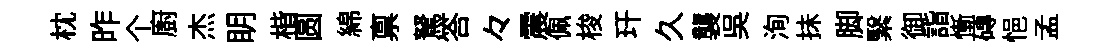
枕昨个廚杰眀楷圆綿禀駑答々震佩梭玕久襲吴洵抺脚繄御詣慚磚悒孟